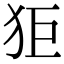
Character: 𤝙